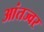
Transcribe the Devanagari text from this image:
आंतज्वर